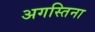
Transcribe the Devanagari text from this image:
अगस्तिना